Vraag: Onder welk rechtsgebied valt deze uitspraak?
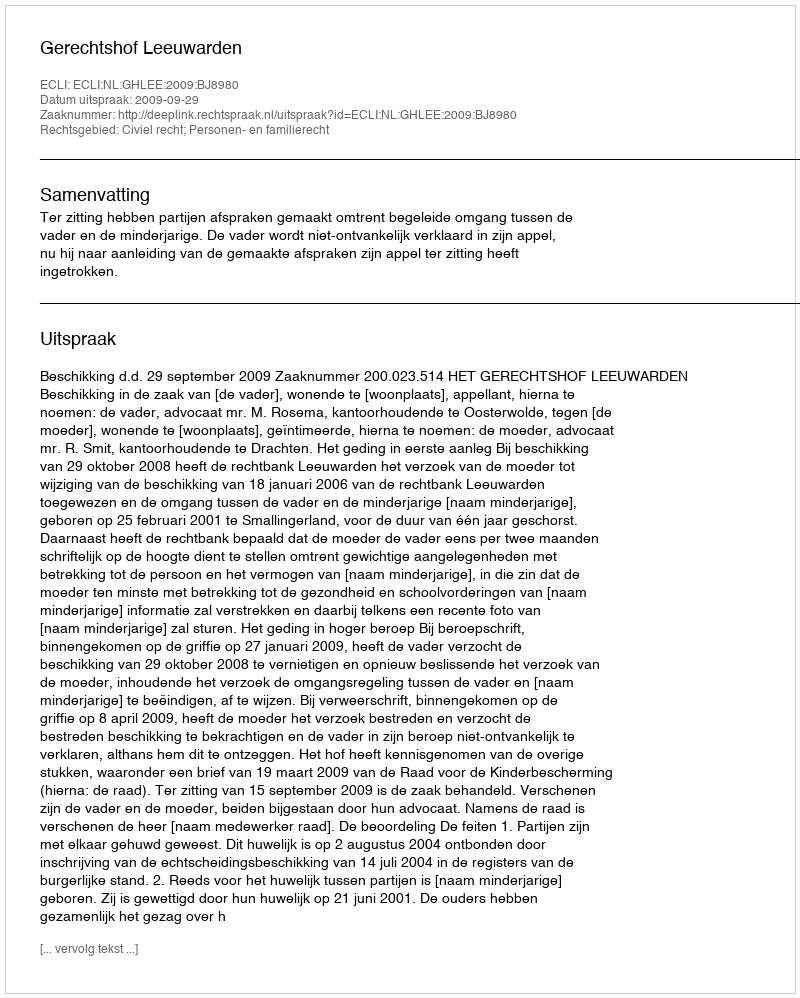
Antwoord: Civiel recht; Personen- en familierecht